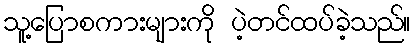
သူ့ပြောစကားများကို ပဲ့တင်ထပ်ခဲ့သည်။